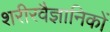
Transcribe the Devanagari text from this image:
शरीरवैज्ञानिकों